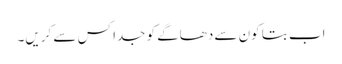
اب بتا کون سے دھاگے کو جدا کس سے کریں۔